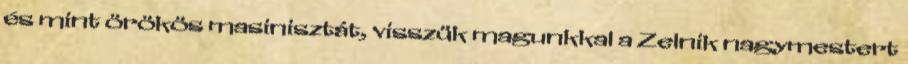
és mint örökös masinisztát, visszük magunkkal a Zelnik nagymestert